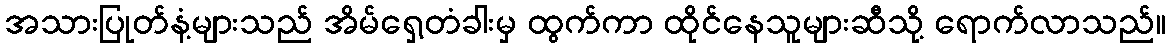
အသားပြုတ်နံ့များသည် အိမ်ရှေ့တံခါးမှ ထွက်ကာ ထိုင်နေသူများဆီသို့ ရောက်လာသည်။